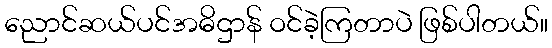
ညောင်ဆယ်ပင်အဓိဌာန် ဝင်ခဲ့ကြတာပဲ ဖြစ်ပါတယ်။